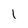
Character: 1